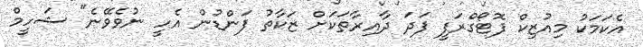
އެކަމަކު މިއުޒިކް ފޮޓޯގްރަފީ ފަދަ ދާއިރާތަކަށް ޒަކާތު ފަންޑުން އެހީ ނުވެވޭނެ" ޝަހީމް